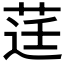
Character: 𮏙